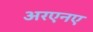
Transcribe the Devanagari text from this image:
अरएनए